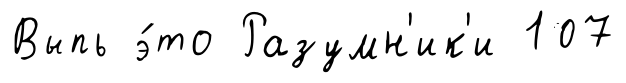
Выпь э́то Разумн'ик'и 107